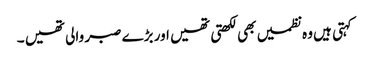
کہتی ہیں وہ نظمیں بھی لکھتی تھیں اور بڑے صبر والی تھیں ۔